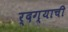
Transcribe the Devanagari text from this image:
र्दग्याची